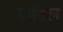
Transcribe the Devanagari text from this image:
जटिल